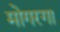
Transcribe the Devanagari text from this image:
मोगरगा